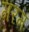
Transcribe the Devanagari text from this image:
गरम